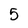
Character: 5